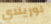
لوريلاي